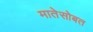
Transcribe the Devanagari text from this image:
मातेसोबत